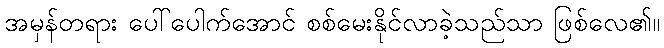
အမှန်တရား ပေါ်ပေါက်အောင် စစ်မေးနိုင်လာခဲ့သည်သာ ဖြစ်လေ၏။